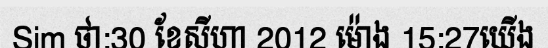
Sim ថា:30 ខែសីហា 2012 ម៉ោង 15:27យើង